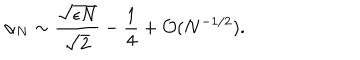
LaTeX: \alpha _ { N } \sim \frac { \sqrt { \epsilon N } } { \sqrt { 2 } } - \frac { 1 } { 4 } + { \cal O } ( N ^ { - 1 / 2 } ) .